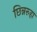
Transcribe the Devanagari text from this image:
छिन्नरुहा